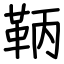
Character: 鞆